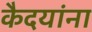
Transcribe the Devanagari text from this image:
कैदयांना